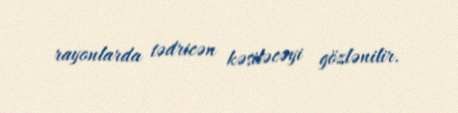
rayonlarda tədricən kəsiləcəyi gözlənilir.